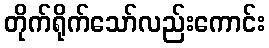
တိုက်ရိုက်သော်လည်းကောင်း